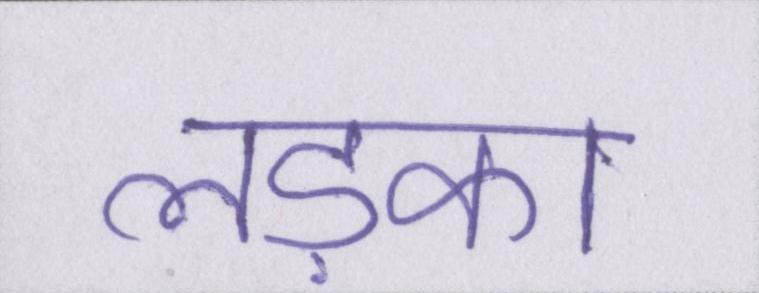
लड़का